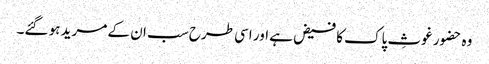
وہ حضور غوثِ پاک کا فیض ہے اور اسی طرح سب ان کے مرید ہو گئے۔